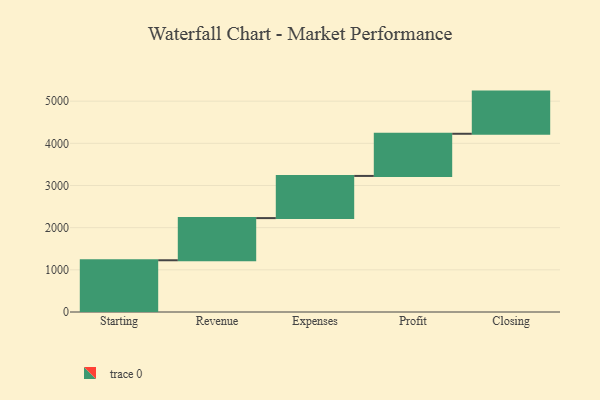
{"axis": {"x": "Step", "y": "Value"}, "legend": [""], "data": [{"x": "Starting", "y": 1227.0, "type": ""}, {"x": "Revenue", "y": 1000, "type": ""}, {"x": "Expenses", "y": 1000, "type": ""}, {"x": "Profit", "y": 1000, "type": ""}, {"x": "Closing", "y": 1000, "type": ""}]}